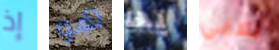
إذ هو بها بلاغي